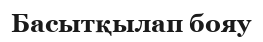
Басытқылап бояу